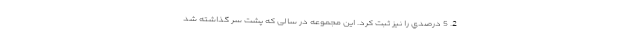
2. 5 درصدي را نیز ثبت كرد. اين مجموعه در سالی که پشت سر گذاشته شد